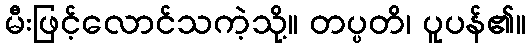
မီးဖြင့်လောင်သကဲ့သို့။ တပ္ပတိ၊ ပူပန်၏။